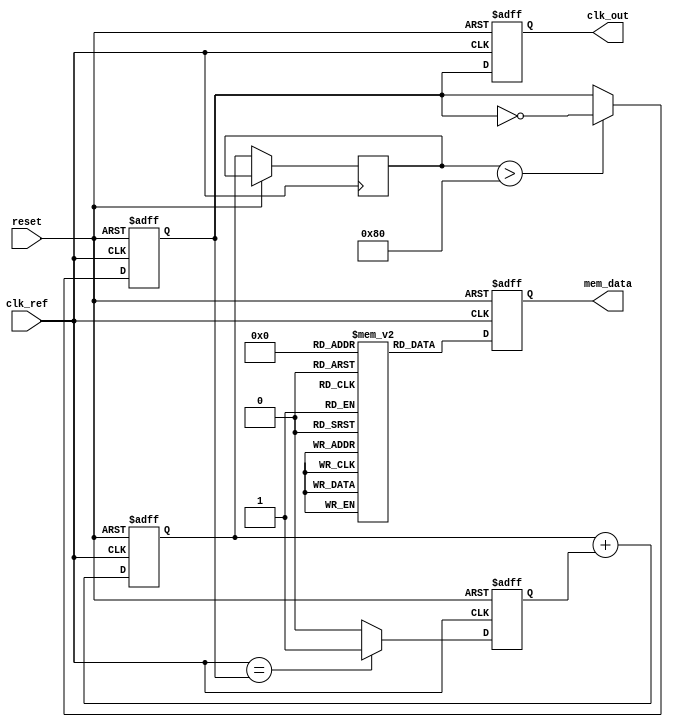
module continuous_time_pll (
    input wire clk_ref,         // Reference clock input
    input wire reset,          // Reset signal
    output reg clk_out,        // Output clock
    output reg [7:0] mem_data  // Memory block data output
);

    // Parameters for PLL
    parameter integer MEM_SIZE = 256; // Size of memory block
    reg [7:0] memory [0:MEM_SIZE-1]; // Memory block for dynamic parameters
    reg [7:0] control_voltage; // Control voltage from Loop Filter
    reg phase_error;           // Phase error signal
    reg vco_output;            // VCO output signal
    reg [7:0] loop_filter_output; // Output from Loop Filter

    // Phase Detector (PD)
    always @(posedge clk_ref or posedge reset) begin
        if (reset) begin
            phase_error <= 0;
        end else begin
            // Simple phase detection logic
            // Compare reference clock with feedback clock
            phase_error <= (clk_ref == vco_output) ? 1 : 0; // Simplified
        end
    end

    // Loop Filter (LF)
    always @(posedge clk_ref or posedge reset) begin
        if (reset) begin
            loop_filter_output <= 0;
        end else begin
            // Simple integrative filter logic
            loop_filter_output <= loop_filter_output + phase_error; // Simplified integration
            control_voltage <= loop_filter_output; // Control voltage for VCO
        end
    end

    // Voltage-Controlled Oscillator (VCO)
    always @(posedge clk_ref or posedge reset) begin
        if (reset) begin
            vco_output <= 0;
        end else begin
            // VCO logic to generate output clock
            // Frequency tuning based on control voltage
            vco_output <= (control_voltage > 128) ? ~vco_output : vco_output; // Simplified
        end
    end

    // Feedback mechanism
    always @(posedge clk_ref or posedge reset) begin
        if (reset) begin
            clk_out <= 0;
        end else begin
            clk_out <= vco_output; // Feedback output to the PD
        end
    end

    // Memory block control logic
    always @(posedge clk_ref or posedge reset) begin
        if (reset) begin
            mem_data <= 0;
        end else begin
            // Example: Read from memory based on some condition
            mem_data <= memory[0]; // Simplified read operation
            // Here you can implement logic to update memory based on conditions
        end
    end

endmodule